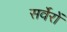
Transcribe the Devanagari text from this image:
सर्वेरों